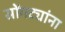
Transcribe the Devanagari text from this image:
सोंगट्यांना